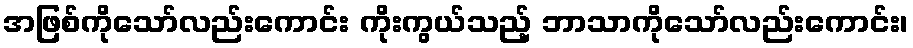
အဖြစ်ကိုသော်လည်းကောင်း ကိုးကွယ်သည့် ဘာသာကိုသော်လည်းကောင်း၊